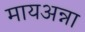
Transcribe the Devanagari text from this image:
मायअन्ना